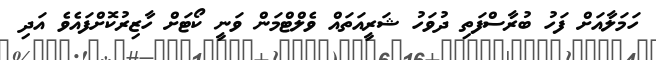
ހަމަލާއަށް ފަހު ބުރާސްފަތި ދުވަހު ޝަރީއަތައް ވެލްޓްމަން ވަނީ ކޯޓަށް ހާޒިރުކޮށްފައެވެ އަދި